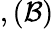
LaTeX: ,(\mathcal{B})